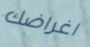
اغراضك